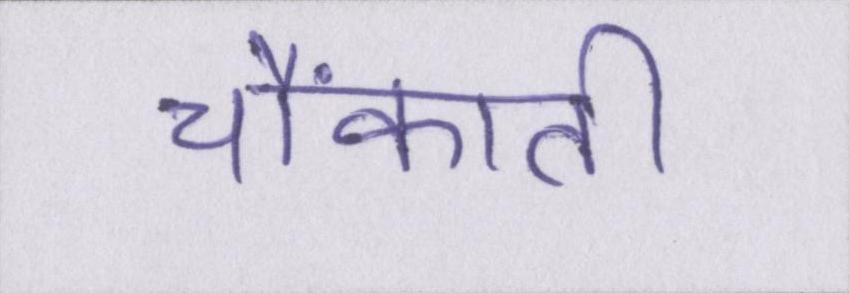
चौंकाती